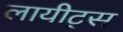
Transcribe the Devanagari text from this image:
लायीट्स